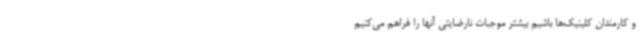
و کارمندان کلینیک‌ها باشیم بیشتر موجبات نارضایتی آنها را فراهم می‌کنیم